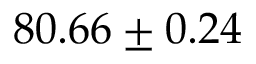
8 0 . 6 6 \pm 0 . 2 4